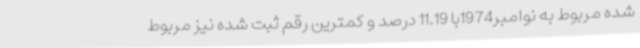
شده مربوط به نوامبر1974با 11.19 درصد و کمترین رقم ثبت شده نیز مربوط